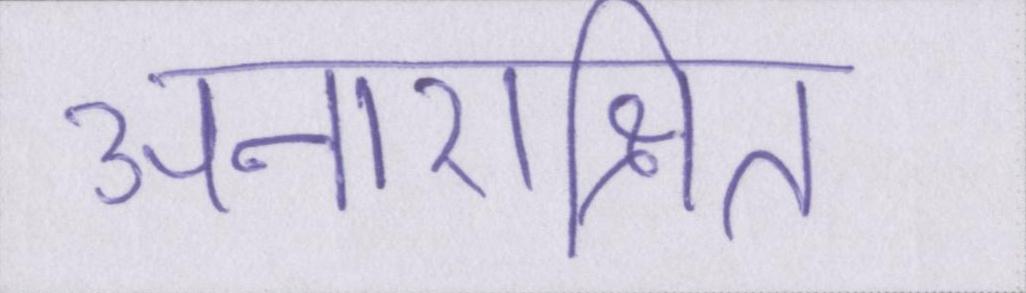
अनारक्षित